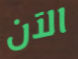
الآن